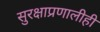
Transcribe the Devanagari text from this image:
सुरक्षाप्रणालीही